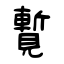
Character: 覱